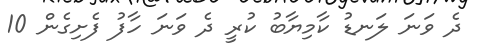
ދެ ވަނަ ލަނޑު ކާމިޔާބު ކުރީ ދެ ވަނަ ހާފު ފެށިގެން 10